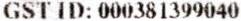
GST ID: 000381399040